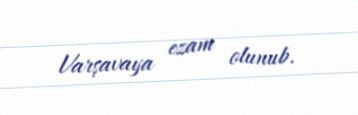
Varşavaya ezam olunub.